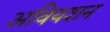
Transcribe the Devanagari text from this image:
अवियशन